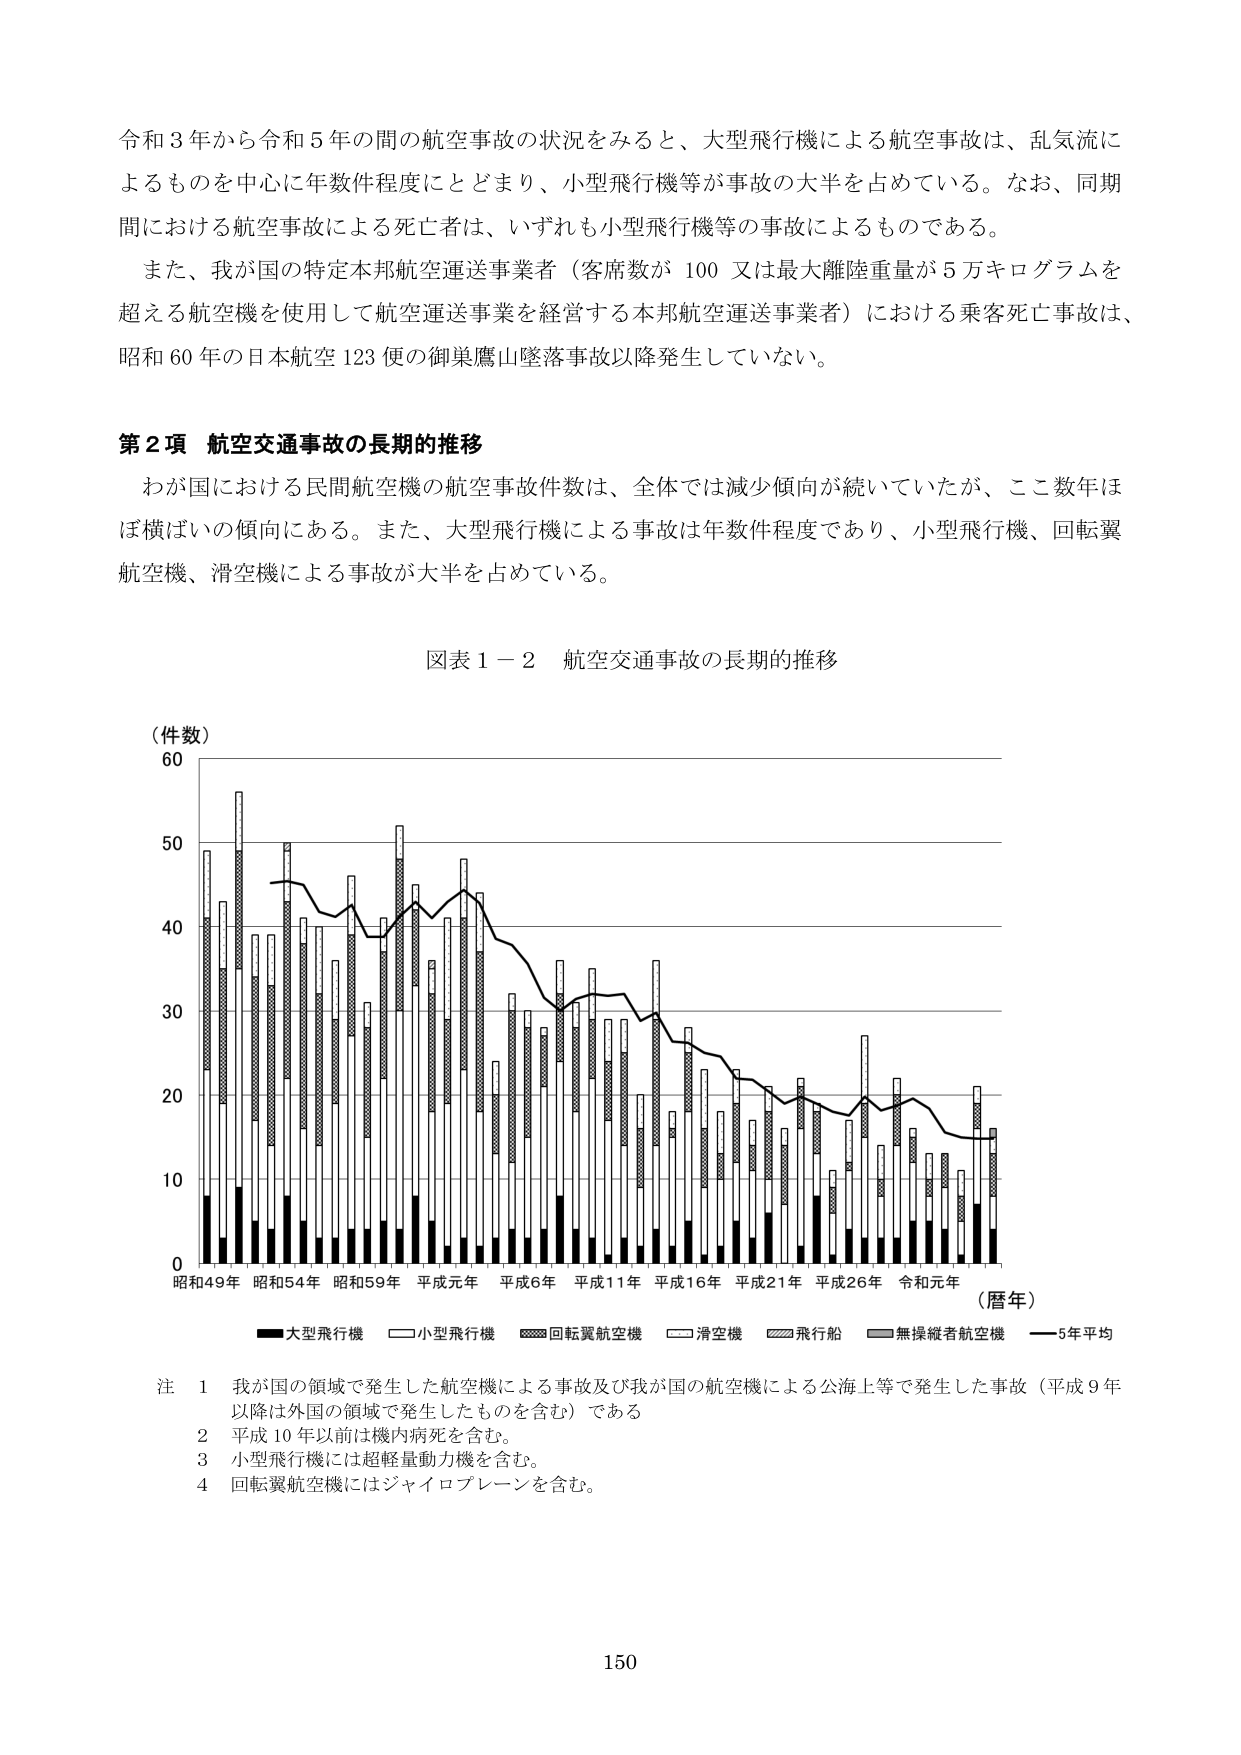
令和３年から令和５年の間の航空事故の状況をみると、大型飛行機による航空事故は、乱気流によるものを中心に年数件程度にとどまり、小型飛行機等が事故の大半を占めている。なお、同期間における航空事故による死亡者は、いずれも小型飛行機等の事故によるものである。

また、我が国の特定本邦航空運送事業者（客席数が 100 又は最大離陸重量が 5 万キログラムを超える航空機を使用して航空運送事業を経営する本邦航空運送事業者）における乗客死亡事故は、昭和 60 年の日本航空 123 便の御巣鷹山墜落事故以降発生していない。

第２項 航空交通事故の長期的推移

わが国における民間航空機の航空事故件数は、全体では減少傾向が続いていたが、ここ数年は横ばいの傾向にある。また、大型飛行機による事故は年数件程度であり、小型飛行機、回転翼航空機、滑空機による事故が大半を占めている。

図表１－２ 航空交通事故の長期的推移

（件数）
60
50
40
30
20
10
0
昭和49年 昭和54年 昭和59年 平成元年 平成6年 平成11年 平成16年 平成21年 平成26年 令和元年 （暦年）

■大型飛行機 □小型飛行機 ■回転翼航空機 □滑空機 ■飛行船 ■無操縦者航空機 —5年平均

注 1 我が国の領域で発生した航空機による事故及び我が国の航空機による公海上等で発生した事故（平成９年以降は外国の領域で発生したものを含む）である
2 平成10年以前は機内病死を含む。
3 小型飛行機には超軽量動力機を含む。
4 回転翼航空機にはジャイロプレーンを含む。

150